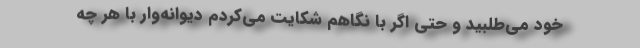
خود می‌طلبید و حتی اگر با نگاهم شکایت می‌کردم دیوانه‌وار با هر چه